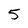
Character: 5